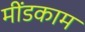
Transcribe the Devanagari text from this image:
मींडकाम